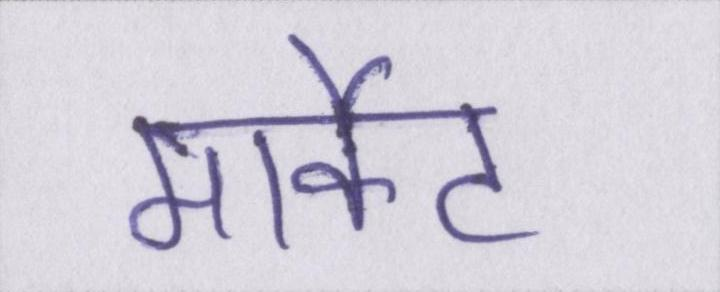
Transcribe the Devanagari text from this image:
मार्केट